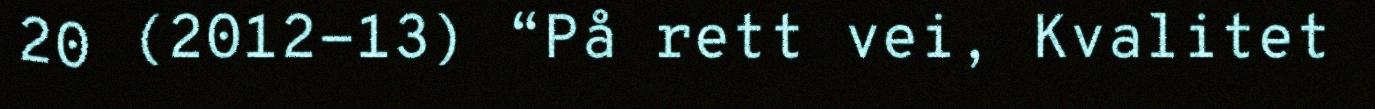
20 (2012-13) “På rett vei, Kvalitet